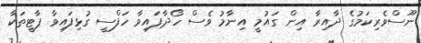
ނޫސްވެރިކަމުގެ ދާއިރާ އިން ގައުމީ އިނާމު ވެސް ހޯދާފައިވާ ހަފްސީ ގުޅިފައިވާ ޕާޓީތަކާ